Annual report on the Civil Veterinary Department, Burma (including the Insein Veterinary School) - 1910-1922
Year: 1910
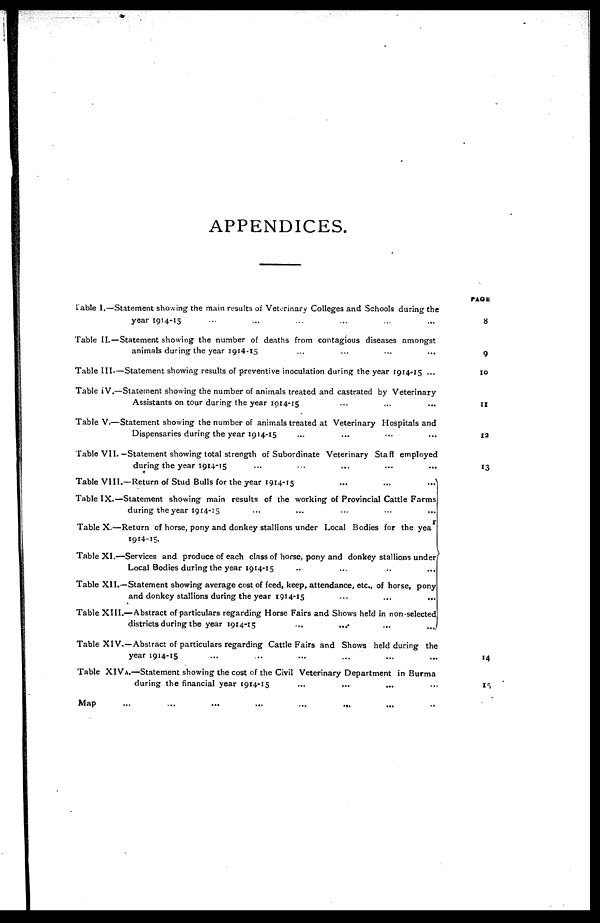
APPENDICES.
Table I.—Statement showing the main results of Veterinary Colleges and Schools during the
year 1914-15 ... ... ... ... ... ...
Table II. — Statement showing the number of deaths from contagious diseases amongst
animals during the year 1914-15 ... ... ... ...
Table III.—Statement showing results of preventive inoculation during the year 1914-15 ...
Table IV.—Statement showing the number of animals treated and castrated by Veterinary
Assistants on tour during the year 1914-15 ... ... ...
Table V.—Statement showing the number of animals treated at Veterinary Hospitals and
Dispensaries during the year 1914-15 ... ... ... ...
Table VII.—Statement showing total strength of Subordinate Veterinary Staff employed
during the year 1914-15 ... ... ... ... ...
Table VIII.—Return of Stud Bulls for the year 1914-15
...
...
...
Table IX.—Statement showing main results of the working of Provincial Cattle Farms
during the year 1914-15
...
...
...
...
...
Table X.—Return of horse, pony and donkey stallions under Local Bodies for the yea
1914-15.
Table XI —Services and produce of each class of horse, pony and donkey stallions under
Local Bodies during the year 1914-15 ... ... .. ...
Table XII.—Statement showing average cost of feed, keep, attendance, etc., of horse, pony
and donkey stallions during the year 1914-15
...
...
...
Table XIII.— Abstract of particulars regarding Horse Fairs and Shows held in non-selected
districts during the year 1914-15
...
...
...
...
Table XIV.—Abstract of particulars regarding Cattle Fairs and Shows held during the
year 1914-15 ... ... ... ... ... ...
Table XIVA.—Statement showing the cost of the Civil Veterinary Department in Burma
during the financial year 1914-15
...
...
...
...
Map
...
...
...
...
...
...
...
..
...
PAGE
8
9
10
11
12
13
14
15